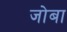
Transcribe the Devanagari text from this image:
जोबा